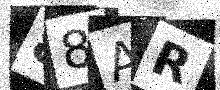
Text: 88AR